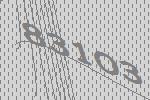
83103